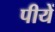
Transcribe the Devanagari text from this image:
पीयें